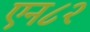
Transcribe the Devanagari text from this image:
एन८२